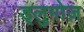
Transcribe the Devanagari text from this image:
ड्लुगोज़